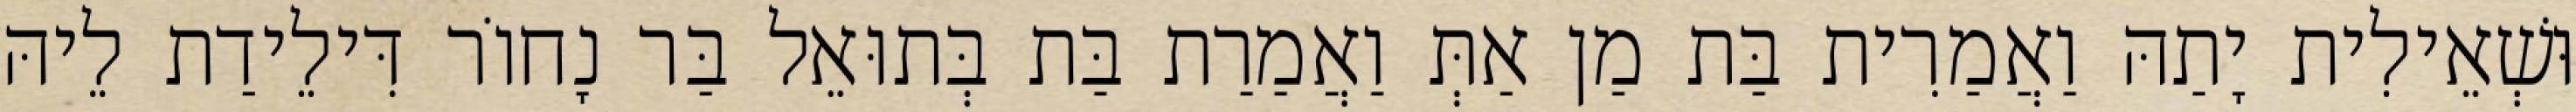
וּשְׁאֵילִית יָתַהּ וַאֲמַרִית בַּת מַן אַתְּ וַאֲמַרַת בַּת בְּתוּאֵל בַּר נָחוֹר דִּילֵידַת לֵיהּ